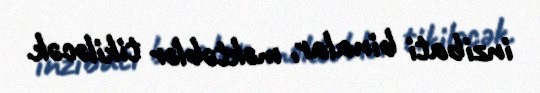
inzibati binalar, məktəblər tikiləcək.